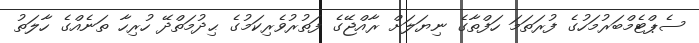
ސެޕްޓެމްބަރުމަހުގެ ފުރަތަމަ ހަފްތާގެ ނިޔަލަށް ރާއްޖޭގެ ފަތުރުވެރިކަމުގެ ޙިދުމަތްދޭ ހުރިހާ ތަނެއްގެ ހާލަތު